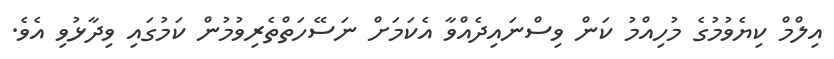
އިލްމް ކިޔެވުމުގެ މުހިއްމު ކަން ވިސްނައިދެއްވާ އެކަމަށް ނަސޭހަތްތެރިވުމުން ކަމުގައި ވިދާޅުވި އެވެ.